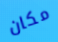
مكان